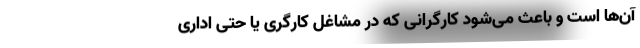
آن‌ها است و باعث می‌شود کارگرانی که در مشاغل کارگری یا حتی اداری